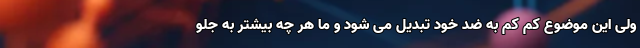
ولی این موضوع کم کم به ضد خود تبدیل می شود و ما هر چه بیشتر به جلو